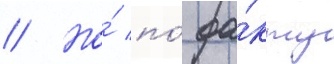
// Но́ по́ фа́кту